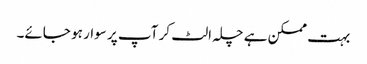
بہت ممکن ہے چلہ الٹ کر آپ پر سوار ہو جائے۔